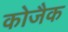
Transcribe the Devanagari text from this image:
कोजैक